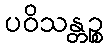
ပဝိသန္တဉ္စ